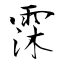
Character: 霂